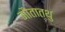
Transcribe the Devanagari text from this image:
मौतात्थु